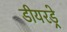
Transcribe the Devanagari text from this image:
डीयरड्रे